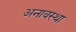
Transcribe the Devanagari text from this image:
अनावस्था